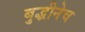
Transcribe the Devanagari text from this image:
बुद्धीनेच